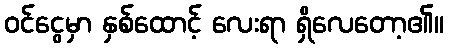
ဝင်ငွေမှာ နှစ်ထောင့် လေးရာ ရှိလေတော့၏။